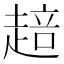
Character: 䞳